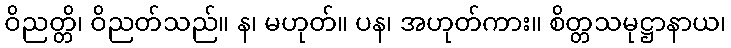
ဝိညတ္တိ၊ ဝိညတ်သည်။ န၊ မဟုတ်။ ပန၊ အဟုတ်ကား။ စိတ္တသမုဋ္ဌာနာယ၊